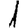
Digit: 1